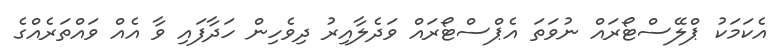
އެކަމަކު ޕްލޭސްޓޯރައް ނުވަތަ އެޕްސްޓޯރައް ވަދެލާއިރު ދިވެހިން ހަދާފައި ވާ އެއް ވައްތަރެއްގެ